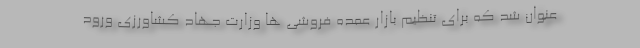
عنوان شد که برای تنظیم بازار عمده فروشی ها وزارت جهاد کشاورزی ورود